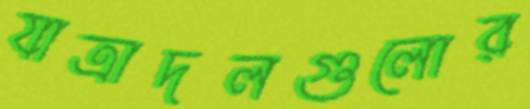
যাত্রাদলগুলোর